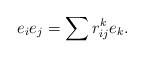
LaTeX: \begin{align*}e_i e_j = \sum r_{ij}^k e_k.\end{align*}